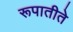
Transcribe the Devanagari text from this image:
रूपातीते